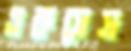
একসেস